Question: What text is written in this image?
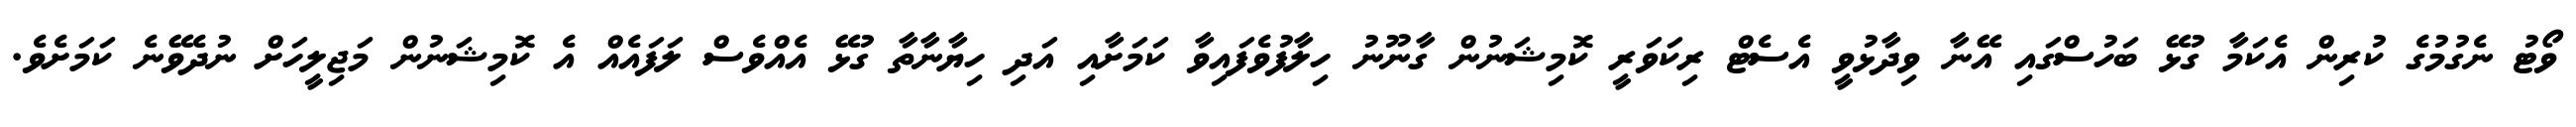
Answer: ވޯޓު ނެގުމުގެ ކުރިން އެކަމާ ގުޅޭ ބަހުސްގައި އޭނާ ވިދާޅުވީ އެސެޓް ރިކަވަރީ ކޮމިޝަނުން ގާނޫނު ހިލާފުވެފައިވާ ކަމަށާއި އަދި ހިޔާނާތާ ގުޅޭ އެއްވެސް ލަފައެއް އެ ކޮމިޝަނުން މަޖިލީހަށް ނުދެވޭނެ ކަމަށެވެ.